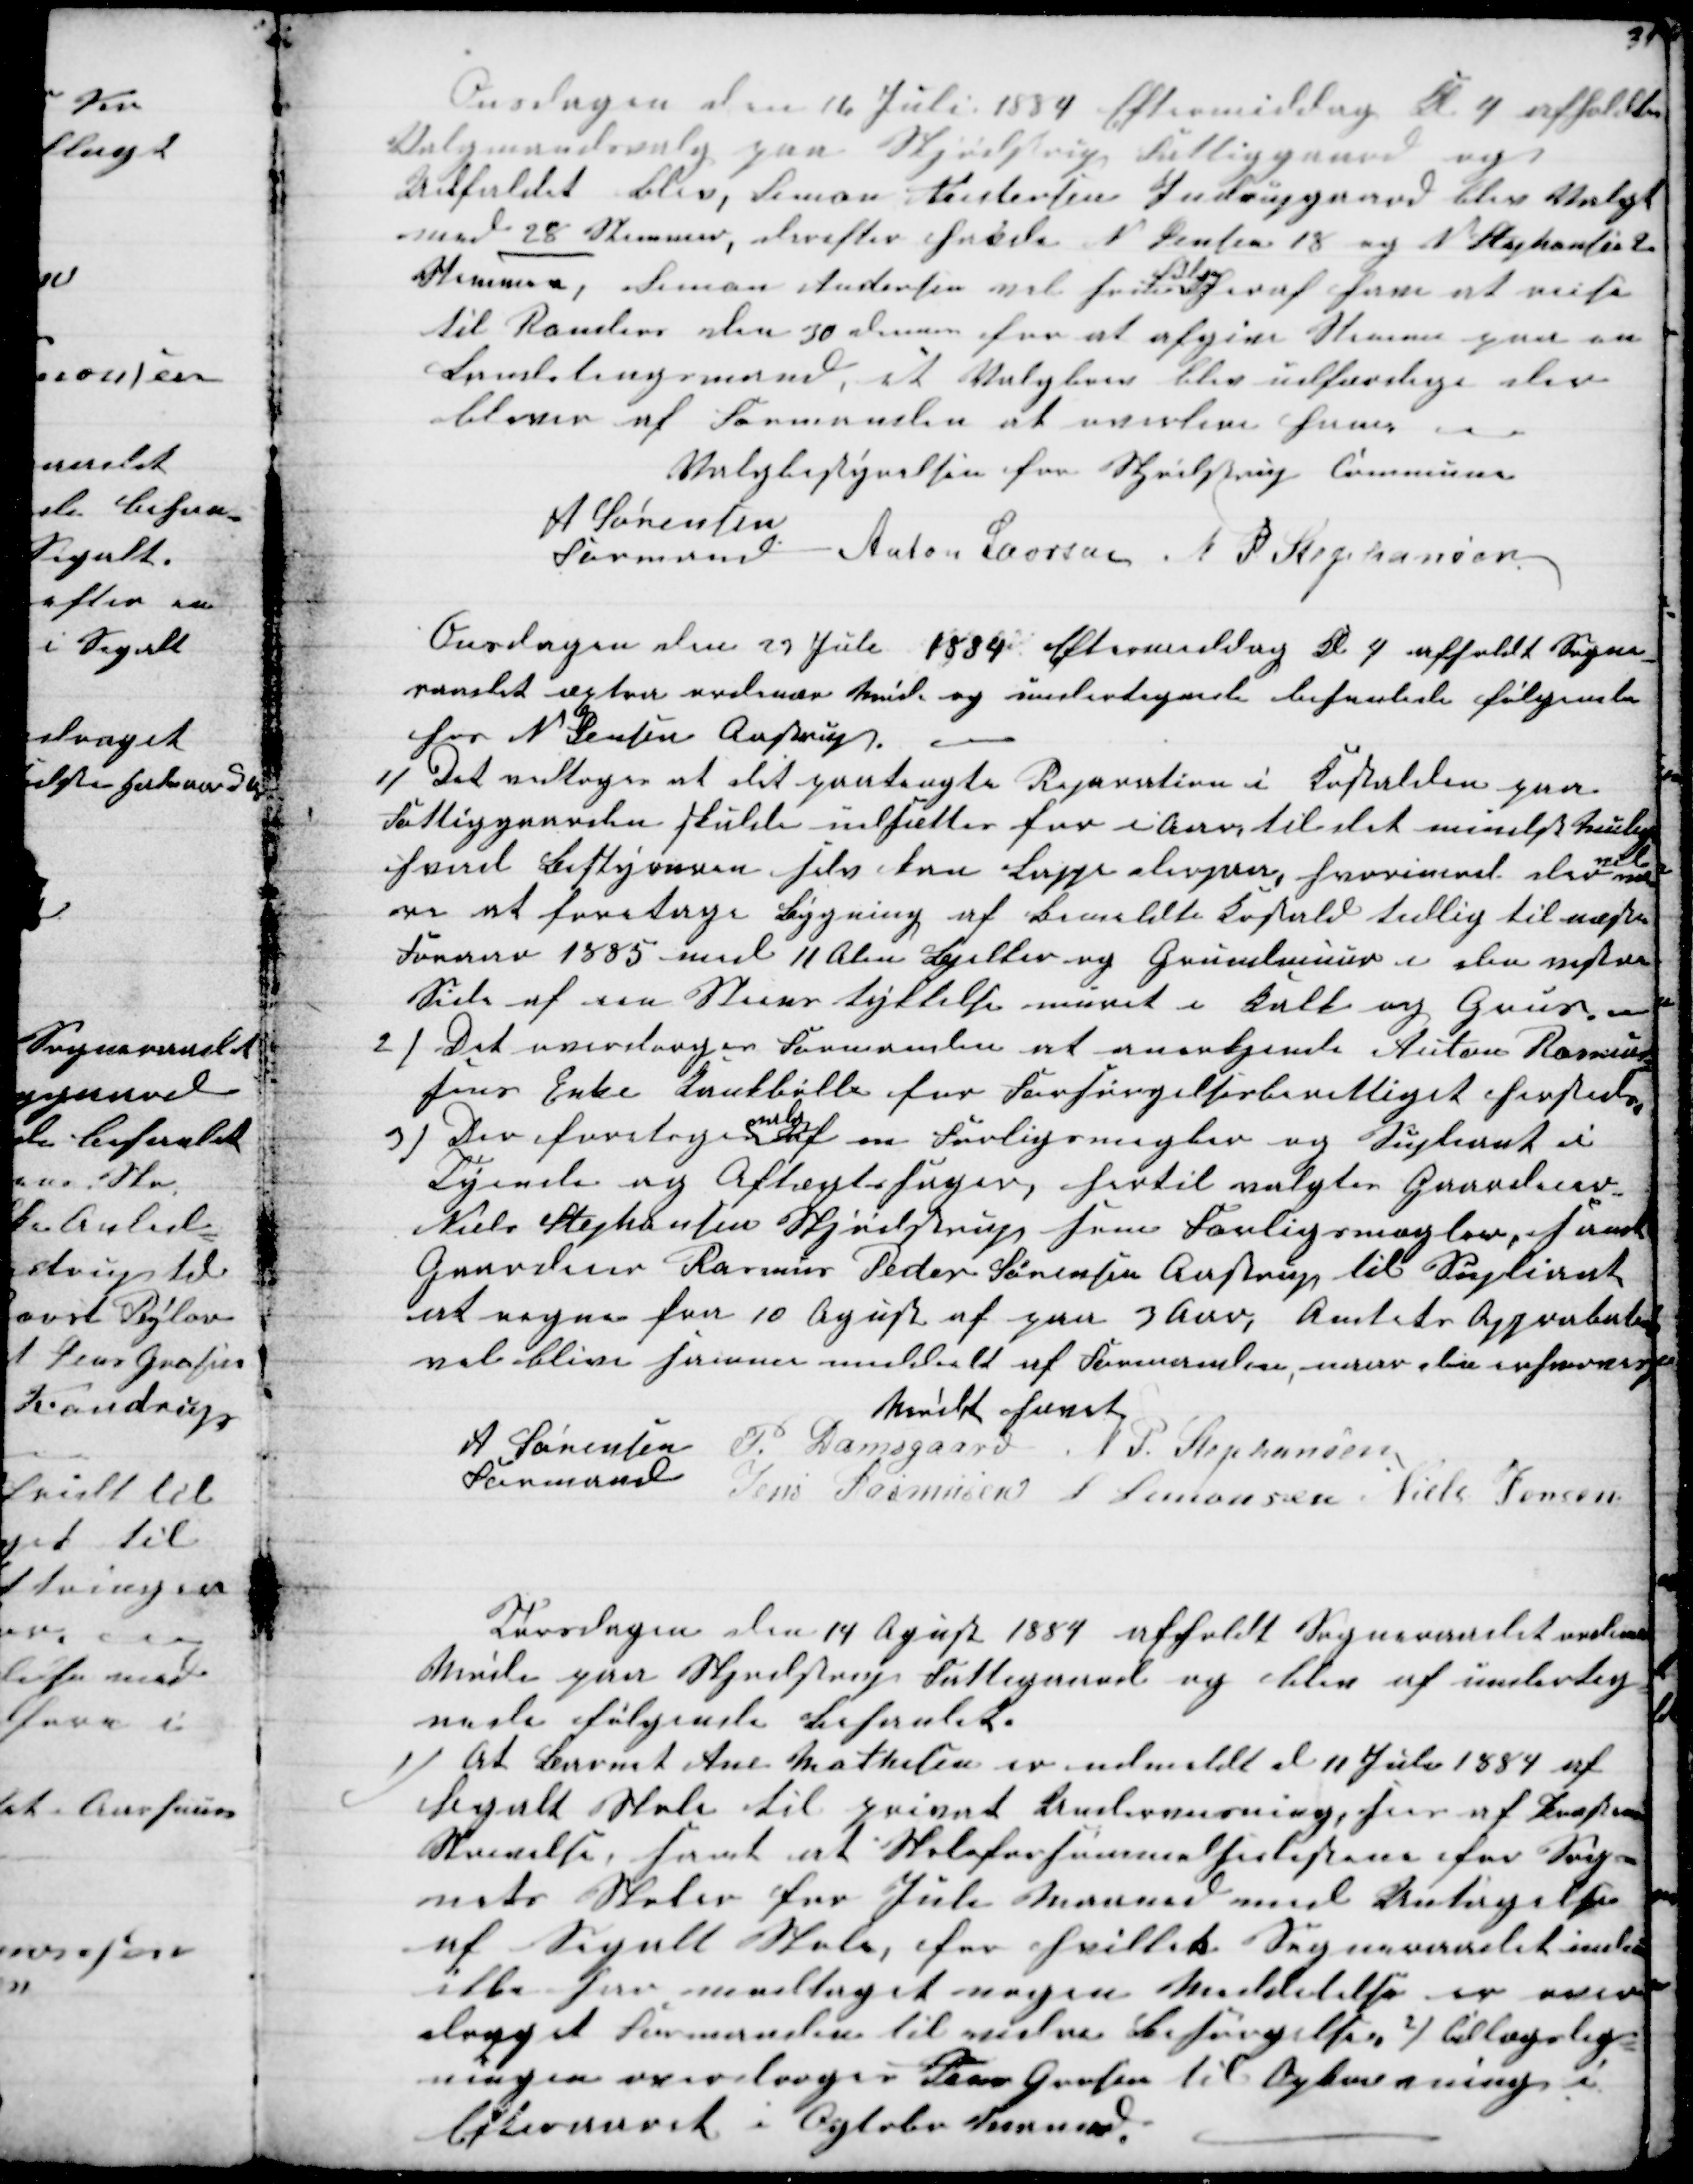
Transskription:
Onsdagen den 16 Juli 1884 Eftermiddag Kl. 4 afholdtes
Valgmandsvalg paa Skjødstrup Fattiggaard og
Udfaldet blev, Simon Andersen Indrupgaard blev valgt
med 28 Stemmer, derefter havde N Jensen 18 og N Stephansen 2
Stemmer, Simon Andersen vel som
følge
heraf have at reise
til Randers den 30 dennes for at afgive Stemme paa en
Landstingsmand, et Valgbrev blev udfærdige der
bliver af Formanden at overleve ham
Valgbestyrelsen for Skjødstrup Commune
A Sørensen
Formand
Anton Laursen N. P. Stephansen
Onsdagen den 23 Juli 1884 Eftermiddag Kl 4 afholdt Sogne-
raadet æxtra ordinær Møde og undertegnede behanlede følgende
hos N. Jensen Aastrup.
1) Det vedtoges at det paatængte Reparation i Kostalden paa
Fattiggaarden skulde udsættes for i Aar, til det mindst mulige
hvad Bestyreren selv kan Lappe derpaa, hvorimod der 
vil
væ-
re at foretage Bygning af bemeldte Kostald tidlig til næste
Foraar 1885 med 11 Alen Bjelker og Grundmuur i den vestre
Side af een Murs tykkelse muret i Kalk og Grus.
2) Det overdroges Formanden at anerkjende Anton Rasmus
sens Enke Kankbølle for Forsørgelsesberettiget hersteds
3) Der foretoges 
valg
af en Forligsmægler og Supleant i
Tyende og Aftægtssager, hertil valgtes Gaardeier
Niels Stephansen Skjødtrup som Forligsmægler, samt
Gaardeier Rasmus Peder Sørensen Aastrup til Supliant
at regne fra 10 Agust af paa 3 Aar, Amtets Approbation
vel blive senere meddelt af Formanden, naar den erhverves
Mødet hævet
A Sørensen 
Formand
P. Damsgaard N. P. Stephansen
Jens Rasmusen S Simonsen Niels Jensen
Torsdagen den 14 Agust 1884 afholdt Sogneraadet ordinær
Møde paa Skjødstrup Fattigaard og blev af underteg-
nede følgende behanlet.
1) At Barnet Ane Mathisen er udmeldt d 11 Juli 1884 af
Segalt Skole til privat Undervisning, ses af Præstens
Skrivelse, samt at Skoleforsømmelseslisterne for Sog-
nets Skoler for Juli Maaned med Undtagelse
af Segalt Skole, for hvilket Sogneraadet indnu
ikke har modtaget nogen Meddelelse er over-
draget Formanden til vidre Besørgelse 2) tillægslig=
ningen overdroges Jens Grosen til Opkrævning i
Efteraaret i Ogtober Maaned.